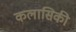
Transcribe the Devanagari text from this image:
कलासिकी